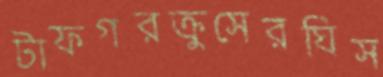
টাফগরক্রুসেরঘিস